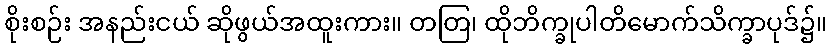
စိုးစဉ်း အနည်းငယ် ဆိုဖွယ်အထူးကား။ တတြ၊ ထိုဘိက္ခုပါတိမောက်သိက္ခာပုဒ်၌။